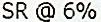
SR @ 6%